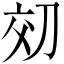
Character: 𫥿